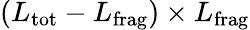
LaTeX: (L_{\mathrm{tot}}-L_{\mathrm{frag}})\times L_{\mathrm{frag}}